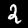
Label: 2